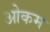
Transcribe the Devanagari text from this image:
ओकम